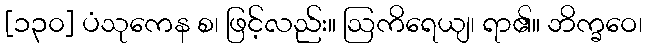
[၁၃၀] ပံသုကေန စ၊ ဖြင့်လည်း။ ဩကိရေယျ၊ ရာ၏။ ဘိက္ခဝေ၊